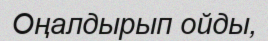
Оңалдырып ойды,